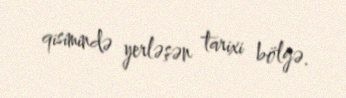
qisimində yerləşən tarixi bölgə.